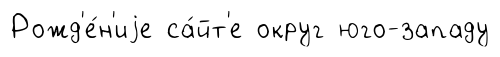
Рожд'е́н'иjе са́йт'е округ юго-западу